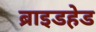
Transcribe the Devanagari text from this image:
ब्राइडहेड